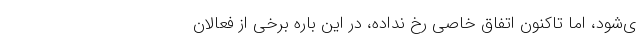
ی‌شود، اما تاکنون اتفاق خاصی رخ نداده، در این باره برخی از فعالان